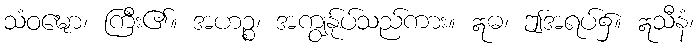
သံဝဍ္ဎော၊ ကြီး၏။ အဟဉ္စ၊ အကျွန်ုပ်သည်ကား။ ဣဓ၊ ဤအရပ်၌။ ဣသီနံ၊